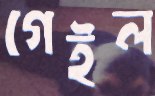
গেইল